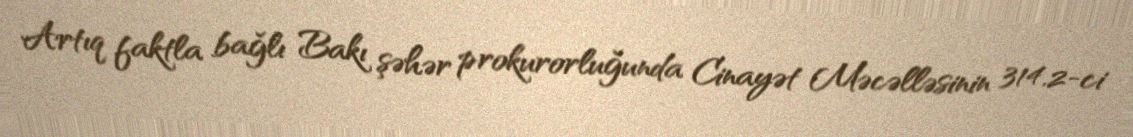
Artıq faktla bağlı Bakı şəhər prokurorluğunda Cinayət Məcəlləsinin 314.2-ci